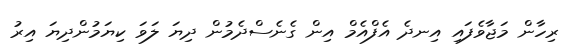
ރިހާން މަޖާވެފައި އިނދެ އެފްއެމް އިން ގެނެސްދެމުން ދިޔަ ލަވަ ކިޔަމުންދިޔަ އިރު